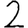
Digit: 2